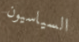
السياسيون